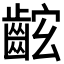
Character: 𪘋